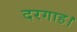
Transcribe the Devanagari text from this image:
दरगाह।